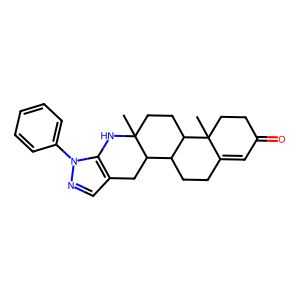
SMILES: CC12CCC3C(CCC4=CC(=O)CCC43C)C1Cc1cnn(-c3ccccc3)c1N2
Inhibits HIV replication: No